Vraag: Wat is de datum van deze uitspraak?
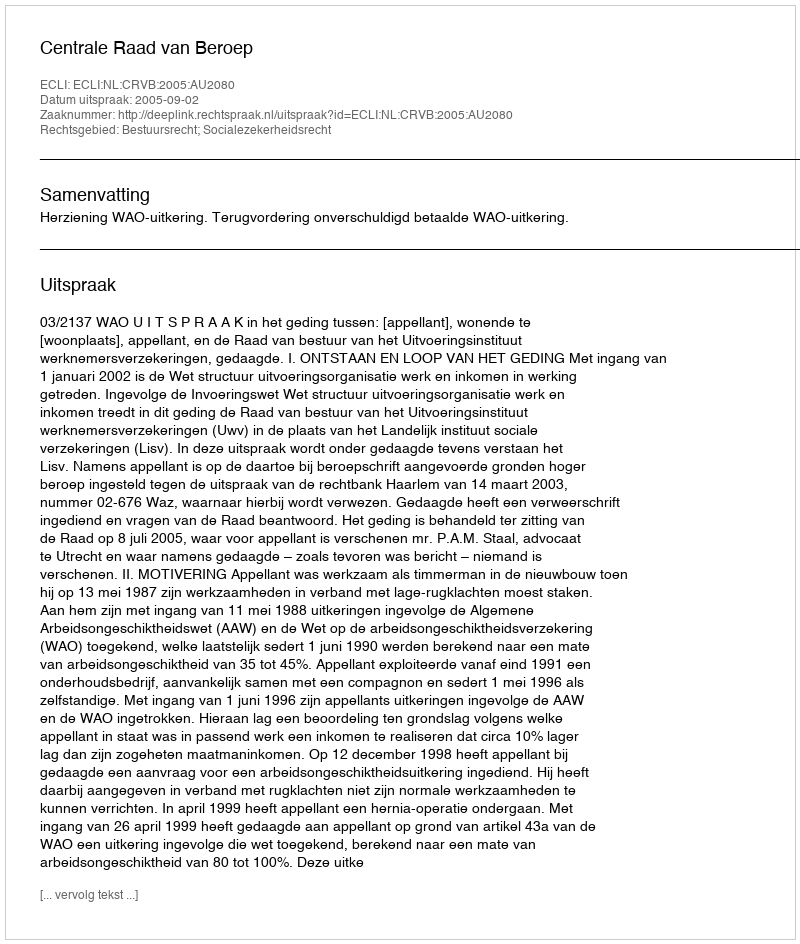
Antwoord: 2005-09-02